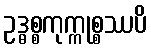
ဥဒ္ဓစ္စကုက္ကုစ္စဿပိ